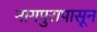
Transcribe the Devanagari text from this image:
नागपुरापासून